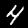
Label: 4